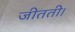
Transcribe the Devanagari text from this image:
जीतती।